Malaria in the Duars
Disease focus: Malaria
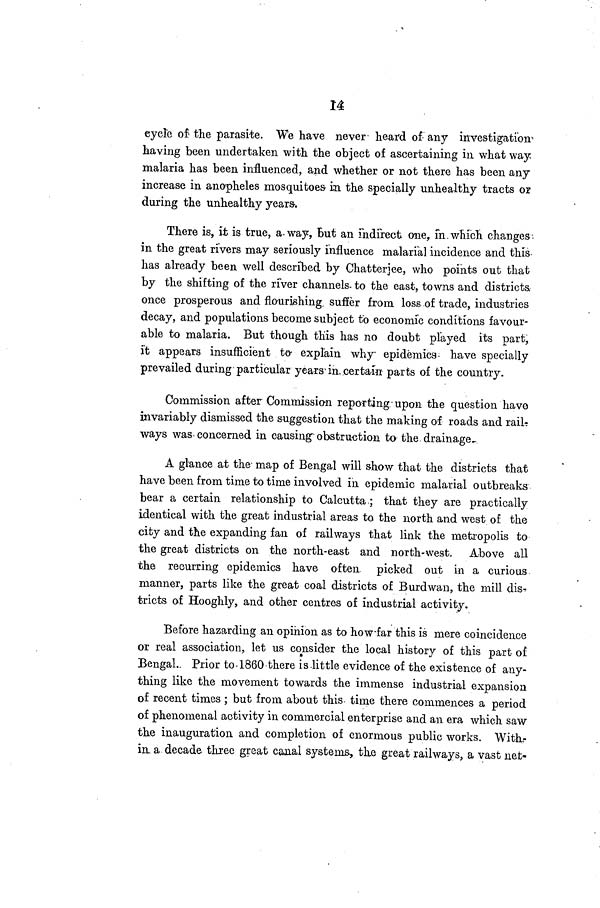
14
eyele of the parasite. We have never heard of. any investigation
having been undertaken with the object of ascertaining in what way.
malaria has been influenced, and whether or not there has been any
increase in anopheles mosquitoes in the specially unhealthy tracts or
during the unhealthy years-,
There is, it is true, a- way, But an indirect one, in which changes
in the great rivers may seriously influence malarial incidence and this
has already been well described by Chatterjee, who points out that
by the shifting of the river channels- to the east, towns and districts,
once prosperous and flourishing, suffer from loss of trade, industries
decay, and populations become subject to economic conditions favour-
able to malaria. But though this has no doubt played its part,
it appears insufficient to- explain why epidemics- have specially
prevailed during particular years in. certain parts of the country.
Commission after Commission reporting upon the question have
invariably dismissed the suggestion that the making of roads and rails
ways was-concerned in causing" obstruction to the drainage-
A glance at the- map of Bengal will show that the districts that
have been from time to time involved in epidemic malarial outbreaks
bear a certain relationship to Calcutta ; that they are practically
identical with the great industrial areas to the north and west of the
city and the expanding fan of railways that link the metropolis to
the great districts on the north-east and north-west. Above all
the recurring epidemics have often picked out in a curious
manner, parts like the great coal districts of Burdwan, the mill dis-
tricts of Hooghly, and other centres of industrial activity.
Before hazarding an opinion as to how far this is mere coincidence
or real association, let us consider the local history of this part of
Bengal. Prior to 1860 there is.little evidence of the existence of any-
thing like the movement towards the immense industrial expansion
of recent times ; but from about this time there commences a period
of phenomenal activity in commercial enterprise and an era which saw
the inauguration and completion of enormous public works. With-
irt a decade three great canal systems, the great railways, a vast net-